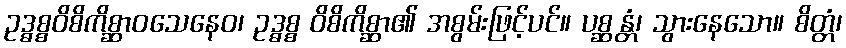
ဥဒ္ဓစ္စဝိစိကိစ္ဆာဝသေနေဝ၊ ဥဒ္ဓစ္စ ဝိစိကိစ္ဆာ၏ အစွမ်းဖြင့်ပင်။ ပစ္ဆန္တံ၊ သွားနေသော။ စိတ္တံ၊